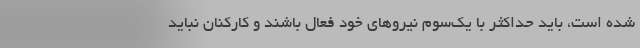
شده است، باید حداکثر با یک‌سوم نیروهای خود فعال باشند و کارکنان نباید